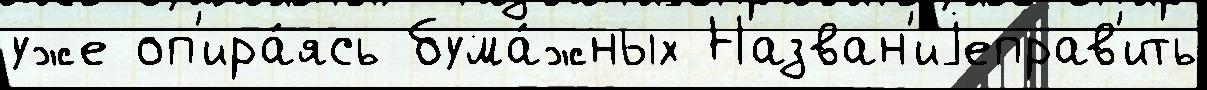
уже оп'ира́ясь бума́жных Назван'иjеправ'ить